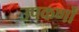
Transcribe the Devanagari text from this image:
उपकर्णों